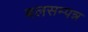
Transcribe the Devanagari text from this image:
बलसम्पन्न